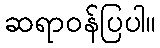
ဆရာဝန်ပြပါ။